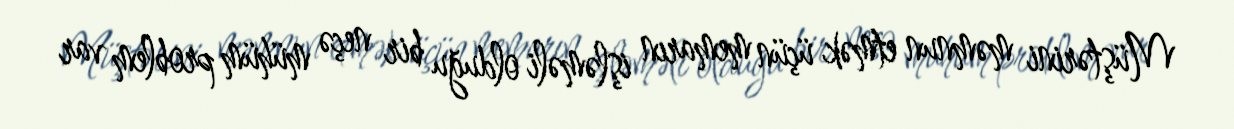
Müştərini məmnun etmək üçün memarın işləməli olduğu bir neçə mühüm problem var